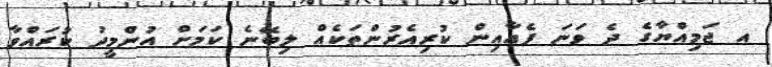
އ ޖަމިއްޔާގެ ދެ ވަނަ ފެއާއިން ކުރިއެރުންތަކެއް ލިބޭނެ ކަމަށް އުންމީދު ކުރައްވާ